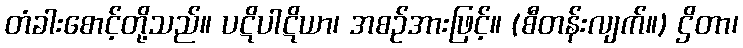
တံခါးစောင့်တို့သည်။ ပဋိပါဋိယာ၊ အစဉ်အားဖြင့်။ (စီတန်းလျက်။) ဌိတာ၊